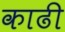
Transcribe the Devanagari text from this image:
काढी